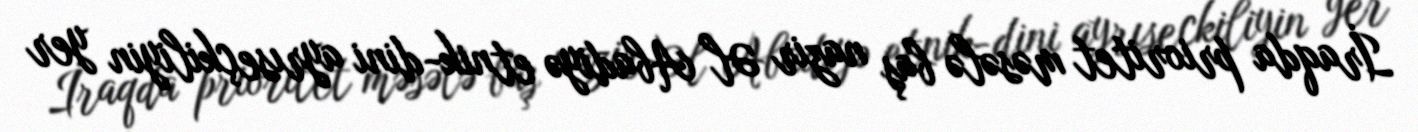
İraqda prioritet məsələ baş nazir Əl Abadiyə etnik-dini ayrıseçkiliyin yer